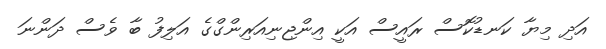
އަދި މިޔާ ކަނޑުކޮސް ރައީސް އަކީ އިންޖިނިއަރިންގްގެ އަލިފު ބާ ވެސް ދަންނަ